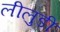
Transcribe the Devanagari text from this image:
लीलुडी